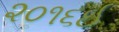
૨૦૧૬ઈ